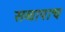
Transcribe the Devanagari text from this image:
सव्वापाच